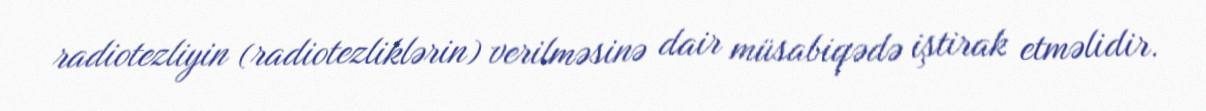
radiotezliyin (radiotezliklərin) verilməsinə dair müsabiqədə iştirak etməlidir.